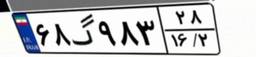
۶۸گ۹۸۳۲۸